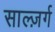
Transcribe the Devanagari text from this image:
साल्ज़र्ग